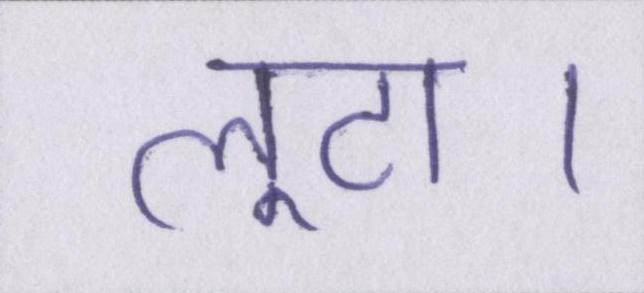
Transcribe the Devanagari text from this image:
लूटा।